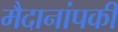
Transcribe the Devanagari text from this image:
मैदानांपकी